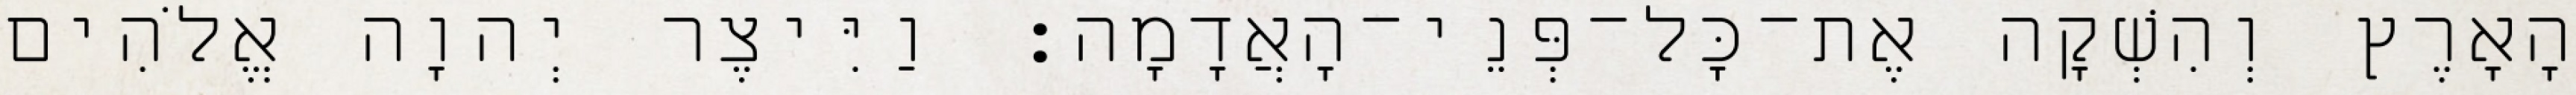
הָאָרֶץ וְהִשְׁקָה אֶת־כָּל־פְּנֵי־הָאֲדָמָה׃ וַיִּיצֶר יְהוָה אֱלֹהִים